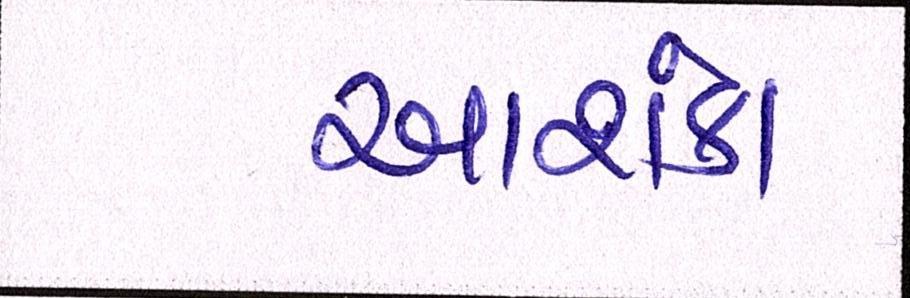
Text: આશંકા